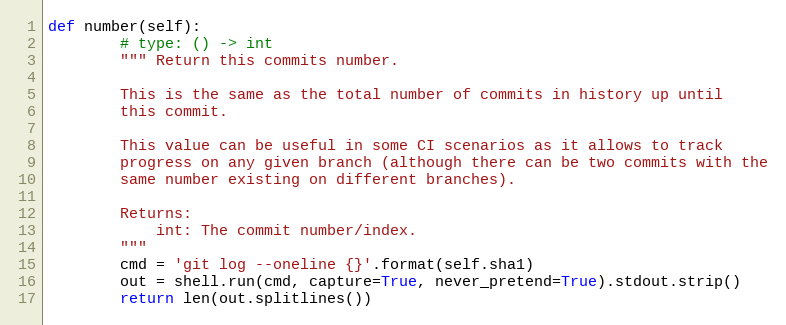
Language: Python
def number(self):
        # type: () -> int
        """ Return this commits number.

        This is the same as the total number of commits in history up until
        this commit.

        This value can be useful in some CI scenarios as it allows to track
        progress on any given branch (although there can be two commits with the
        same number existing on different branches).

        Returns:
            int: The commit number/index.
        """
        cmd = 'git log --oneline {}'.format(self.sha1)
        out = shell.run(cmd, capture=True, never_pretend=True).stdout.strip()
        return len(out.splitlines())